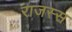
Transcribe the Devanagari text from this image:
राजस्स